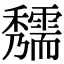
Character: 𥤃